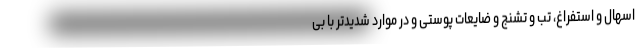
اسهال و استفراغ، تب و تشنج و ضایعات پوستی و در موارد شدیدتر با بی